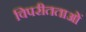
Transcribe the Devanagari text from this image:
विपरीतताओं